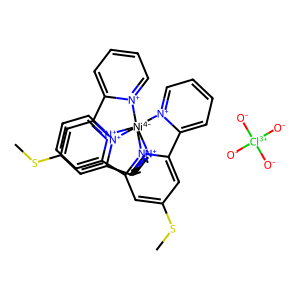
SMILES: CSc1cc2[n+]3c(c1)-c1cccc[n+]1[Ni-4]314([n+]3ccccc3-2)[n+]2ccccc2-c2cc(SC)cc([n+]21)-c1cccc[n+]14.[O-][Cl+3]([O-])([O-])[O-]
Inhibits HIV replication: No